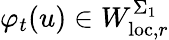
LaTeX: \varphi_{t}(u)\in W_{\mathrm{loc},r}^{\Sigma_{1}}